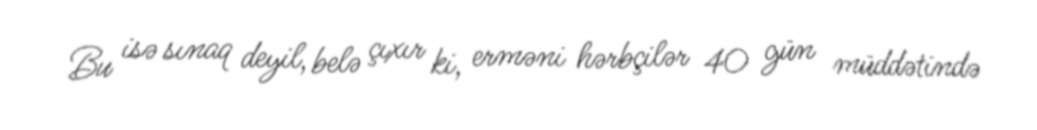
Bu isə sınaq deyil, belə çıxır ki, erməni hərbçilər 40 gün müddətində